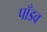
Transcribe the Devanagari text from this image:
पाँडव